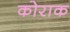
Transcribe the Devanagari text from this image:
कोराक